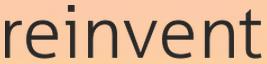
reinvent